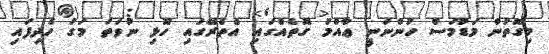
މިގޮތުން މަޑުމަސް ހުންނަނީ ޢާއްމު ގޮތެއްގައި އެތެރޭގައި ހޮޅި ނުވަތަ މަގު ހެދިފައި